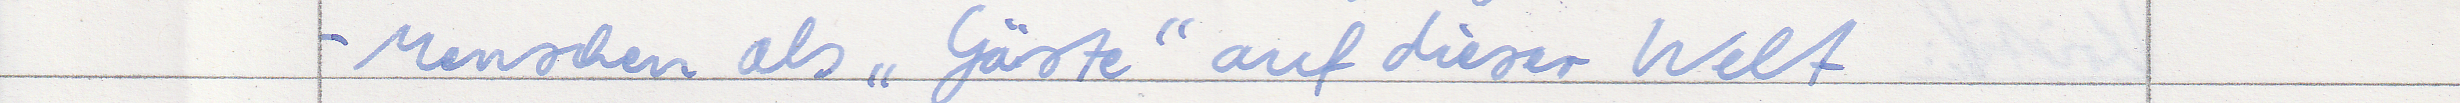
- Menschen als "Gäste" auf dieser Welt